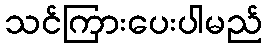
သင်ကြားပေးပါမည်